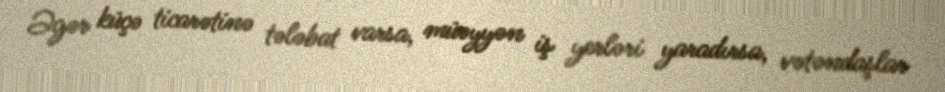
Əgər küçə ticarətinə tələbat varsa, müəyyən iş yerləri yaradırsa, vətəndaşlar